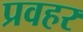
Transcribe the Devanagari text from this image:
प्रवहर